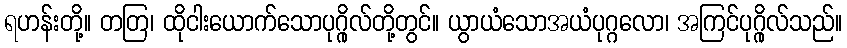
ရဟန်းတို့။ တတြ၊ ထိုငါးယောက်သောပုဂ္ဂိုလ်တို့တွင်။ ယွာယံသောအယံပုဂ္ဂလော၊ အကြင်ပုဂ္ဂိုလ်သည်။